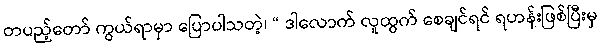
တပည့်တော် ကွယ်ရာမှာ ပြောပါသတဲ့၊ “ ဒါလောက် လူထွက် စေချင်ရင် ရဟန်းဖြစ်ပြီးမှ